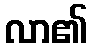
လာ၏